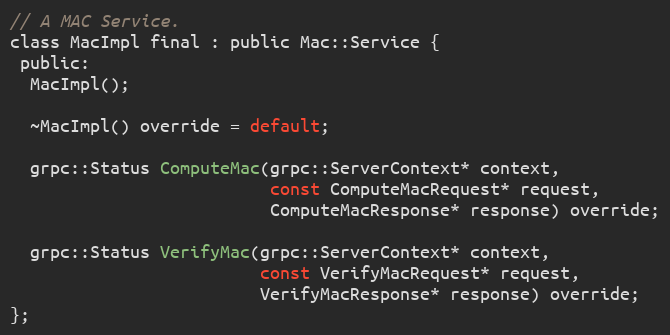
Language: C
// A MAC Service.
class MacImpl final : public Mac::Service {
 public:
  MacImpl();

  ~MacImpl() override = default;

  grpc::Status ComputeMac(grpc::ServerContext* context,
                          const ComputeMacRequest* request,
                          ComputeMacResponse* response) override;

  grpc::Status VerifyMac(grpc::ServerContext* context,
                         const VerifyMacRequest* request,
                         VerifyMacResponse* response) override;
};